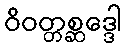
ဝိဝတ္တစ္ဆဒ္ဒေါ